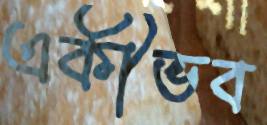
একীভব